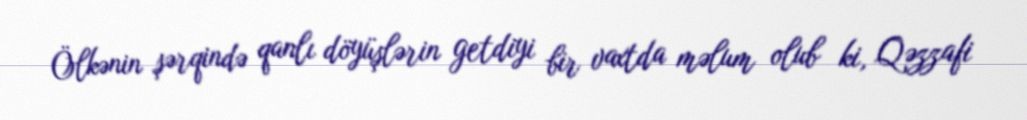
Ölkənin şərqində qanlı döyüşlərin getdiyi bir vaxtda məlum olub ki, Qəzzafi